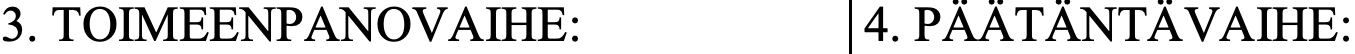
3. TOIMEENPANOVAIHE:        4. PÄÄTÄNTÄVAIHE: